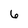
Character: 6